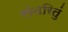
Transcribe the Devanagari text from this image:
संतरितुं